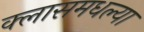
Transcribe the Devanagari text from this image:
क्लासमधल्या